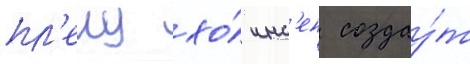
пл'ену хо́ инс'ен создау́т